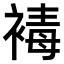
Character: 𧛔